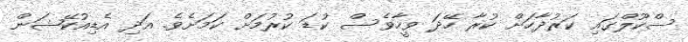
ސްކޫލްގައި ކަރުދާހަށް ކުރާ ހޭދަ ވީހާވެސް ކުޑަ ކުރުމަށް ކަމަށެވެ. އަދި އެޑިއުކޭޝަން